Report of the Indian Hemp Drugs Commission, 1894-1895 - Volume VI
Year: 1894
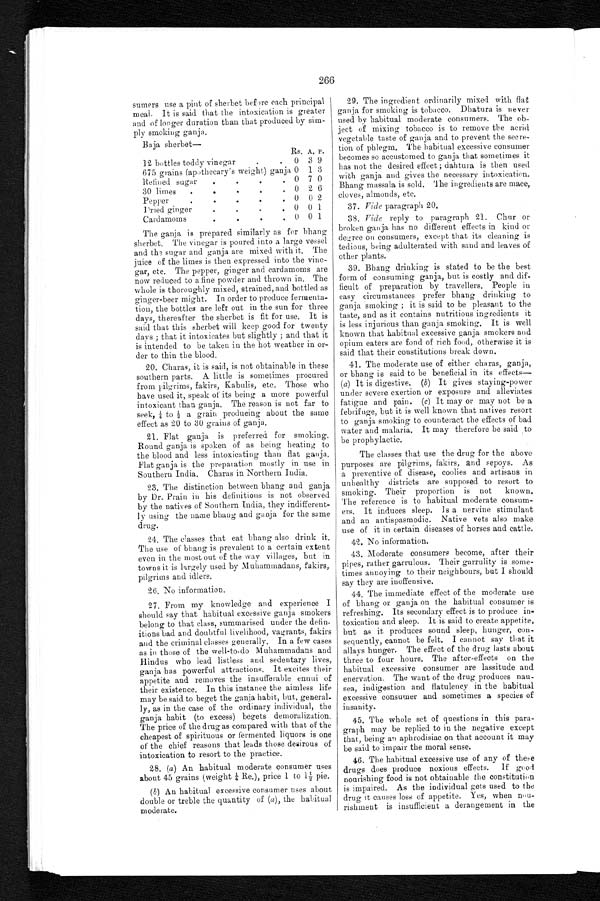
266
sumers use a pint of sherbet before each principal
meal. It is said that the intoxication is greater
and of longer duration than that produced by sim-
ply smoking ganja.
Baja sherbet—
Rs. A. P.
12 bottles toddy vinegar . . .
0 3 9
675 grains (apothecary's weight) ganja 0 1 3
Refined sugar . . .
0 7 0
30 limes . . .
0 2 6
Pepper . . .
0 0 2
D r i e d g i n g e r . . .
0 0 1
Cardamoms . . .
0 0 1
The ganja is prepared similarly as for bhang
sherbet. The vinegar is poured into a large vessel
and the sugar and ganja are mixed with it. The
juice of the limes is then expressed into the vine-
gar, etc. The pepper, ginger and cardamoms are
now reduced to a fine powder and thrown in. The
whole is thoroughly mixed, strained, and bottled as
ginger-beer might. In order to produce fermenta-
tion, the bottles are left out in the sun for three
days, thereafter the sherbet is fit for use. It is
said that this sherbet will keep good for twenty
d a y s ; t h a t i t i n t o x i c a t e s b u t s l i g h t l y ; a n d t h a t i t
is intended to be taken in the hot weather in or-
der to thin the blood.
20. Charas, it is said, is not obtainable in these
southern parts. A little is sometimes procured
from pilgrims, fakirs, Kabulis, etc. Those who
have used it, speak of its being a more powerful
intoxicant than ganja. The reason is not far to
seek, ¼t o ½
a g r a i n p r o d u c i n g a b o u t t h e s a m e
effect as 20 to 30 grains of ganja.
21. Flat ganja is preferred for smoking.
Round ganja is spoken of as being heating to
the blood and less intoxicating than flat ganja.
Flat ganja is the preparation mostly in use in
Southern India. Charas in Northern India.
23. The distinction between bhang and ganja
by Dr. Prain in his definitions is not observed
by the natives of Southern India, they indifferent-
ly using the name bhang and ganja for the same
drug.
24. The classes that eat bhang also drink it.
The use of bhang is prevalent to a certain extent
even in the most out of the way villages, but in
towns it is largely used by Muhammadans, fakirs,
pilgrims and idlers.
26. No information.
27. From my knowledge and experience I
should say that habitual excessive ganja smokers
belong to that class, summarised under the defin-
itions bad and doubtful livelihood, vagrants, fakirs
and the criminal classes generally. In a few cases
as in those of the well-to-do Muhammadans and
Hindus who lead listless and sedentary lives,
ganja has powerful attractions. It excites their
appetite and removes the insufferable ennui of
their existence. In this instance the aimless life
may be said to beget the ganja habit, but, general-
ly, as in the case of the ordinary individual, the
ganja habit (to excess) begets demoralization.
The price of the drug as compared with that of the
cheapest of spirituous or fermented liquors is one
of the chief reasons that leads those desirous of
intoxication to resort to the practice.
28. (a) An habitual moderate consumer uses
about 45 grains (weight ¼R e . ) ,
p r i c e 1 t o 1 ½
p i e .
(6) An habitual excessive consumer uses about
double or treble the quantity of (a), the habitual
moderate.
29. The ingredient ordinarily mixed with flat
ganja for smoking is tobacco. Dhatura is never
used by habitual moderate consumers. The ob-
ject of mixing tobacco is to remove the acrid
vegetable taste of ganja and to prevent the secre-
tion of phlegm. The habitual excessive consumer
becomes so accustomed to ganja that sometimes it
has not the desired effect ; dahtura is then used
with ganja and gives the necessary intoxication.
Bhang massala is sold. The ingredients are mace,
cloves, almonds, etc.
37.
V i d e
p a r a g r a p h 2 0 .
38.
Vide reply to paragraph 21. Chur or
broken ganja has no different effects in kind or
degree on consumers, except that its cleaning is
tedious, being adulterated with sand and leaves of
other plants.
39.
Bhang drinking is stated to be the best
form of consuming ganja, but is costly and dif--
ficult of preparation by travellers. People in
easy circumstances prefer bhang drinking to
ganja smoking ; it is said to be pleasant to the
taste, and as it contains nutritious ingredients it
is less injurious than ganja smoking. It is well
known that habitual excessive ganja smokers and
opium eaters are fond of rich food, otherwise is it
said that their constitutions break down.
40.
The moderate use of either charas, ganja,
or bhang is said to be beneficial in its effects—
(a) It is digestive. (6) It gives staying-power
under severe exertion or exposure and alleviates
fatigue and pain. (c) It may or may not be a
febrifuge, but it is well known that natives resort
to ganja smoking to counteract the effects of bad
water and malaria. It may therefore be said to
b e p r o p h y l a c t i c .
41.
The classes that use the drug for the above
purposes are pilgrims, fakirs, and sepoys. As
a preventive of disease, coolies and artisans in
unhealthy districts are supposed to resort to
smoking. Their proportion is not known.
The reference is to habitual moderate consum-
ers. It induces sleep. Is a nervine stimulant
and an antispasmodic. Native vets also make
use of it in certain diseases of horses and cattle.
42. No information.
43. Moderate consumers become, after their
pipes, rather garrulous. Their garrulity is some-
times annoying to their neighbours, but I should
say they are inoffensive.
44. The immediate effect of the moderate use
of bhang or ganja on the habitual consumer is
refreshing. Its secondary effect is to produce in-
toxication and sleep. It is said to create appetite,
but as it produces sound sleep, hunger, con-
sequently, cannot be felt. I cannot say that it
allays hunger. The effect of the drug lasts about
three to four hours. The after-effects on the
habitual excessive consumer are lassitude and
enervation. The want of the drug produces nau-
sea, indigestion and flatulency in the habitual
excessive consumer and sometimes a species of
insanity.
45. The whole set of questions in this para-
graph may be replied to in the negative except
that, being an aphrodisiac on that account it may
be said to impair the moral sense.
46. The habitual excessive use of any of these
drugs does produce noxious effects. If good
nourishing food is not obtainable the constitution
is impaired. As the individual gets used to the
drug it causes loss of appetite. Yes, when nou--
rishment is insufficient a derangement in the